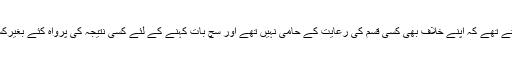
یہ وہ کردار تھا جو خالد ابراہیم خان ہی ادا کر سکتے تھے کہ اپنے خلاف بھی کسی قسم کی رعایت کے حامی نہیں تھے اور سچ بات کہنے کے لئے کسی نتیجہ کی پرواہ کئے بغیرکسی کرپٹ منصف کو ملخوظ خاطر نہ لاتے تھے۔